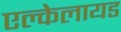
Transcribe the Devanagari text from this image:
एल्केलायड